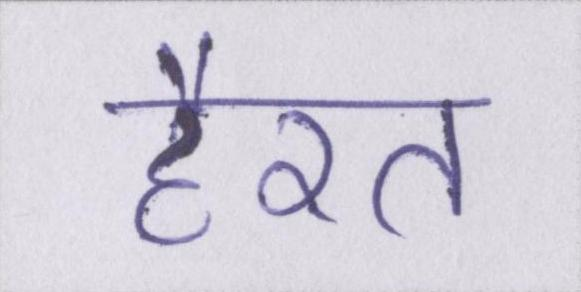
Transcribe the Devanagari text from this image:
हैरत